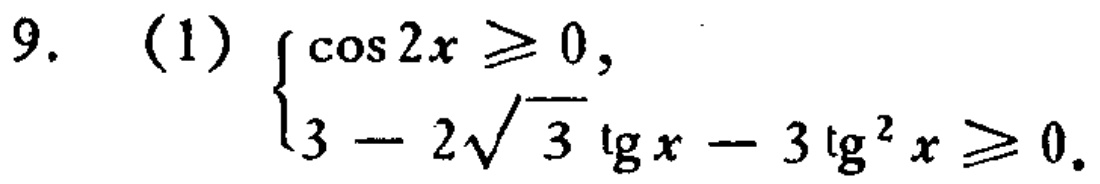
9. (1) $\begin{cases}

\cos 2x\geqslant 0,\\

3 - 2\sqrt{3}\tg x - 3\tg^{2}x\geqslant 0.

\end{cases}$